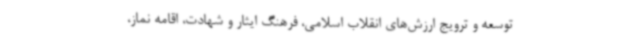
توسعه و ترویج ارزش‌های انقلاب اسلامی، فرهنگ ایثار و شهادت، اقامه نماز،